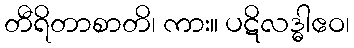
တီရိတာစာတိ၊ ကား။ ပဋိလဒ္ဓါဧဝ၊